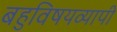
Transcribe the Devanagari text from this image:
बहुविषयव्यापी